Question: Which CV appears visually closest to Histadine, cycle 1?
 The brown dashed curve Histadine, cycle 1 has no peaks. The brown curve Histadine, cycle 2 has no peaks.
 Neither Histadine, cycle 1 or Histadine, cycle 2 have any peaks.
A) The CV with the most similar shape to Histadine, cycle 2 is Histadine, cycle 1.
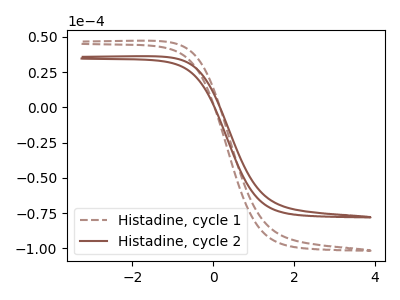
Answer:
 <answer>A) The CV with the most similar shape to "Histadine, cycle 2" is "Histadine, cycle 1".</answer>
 <eval>A</eval>